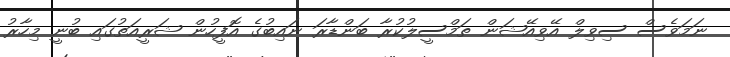
ނަމަވެސް ސިވިލް އޭވިއޭޝަން ތަމްސީލުކުރާ ބަންޑާރަ ނައިބުގެ އޮފީހުން ޝަރީއަތުގައި ބުނީ މިހާރު